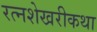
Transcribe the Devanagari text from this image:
रत्नशेखरीकथा